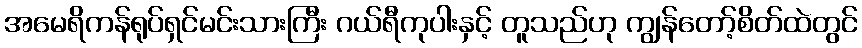
အမေရိကန်ရုပ်ရှင်မင်းသားကြီး ဂယ်ရီကုပါးနှင့် တူသည်ဟု ကျွန်တော့်စိတ်ထဲတွင်